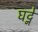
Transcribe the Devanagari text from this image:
घट्ने